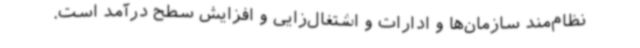
نظام‌مند سازمان‌ها و ادارات و اشتغال‌زایی و افزایش سطح درآمد است.